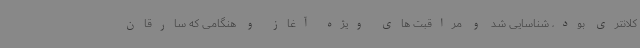
کلانتری بود، شناسایی شد و مراقبت های ویژه آغاز و هنگامی که سارقان